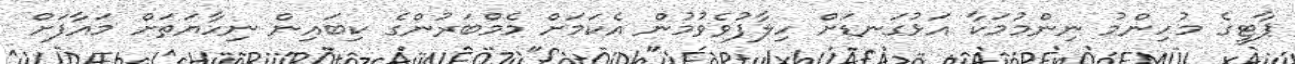
ޕާޓީގެ މުހިންމު ނިންމުމަކާ އަޅުގަނޑަށް ހިލާފުވެވުމުން އެކަމަށް މެމްބަރުންގެ ކިބައިން ނިހާޔަތަށް މައާފަށް